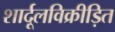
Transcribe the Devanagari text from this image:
शार्दूलविक्रीड़ित